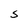
Character: s